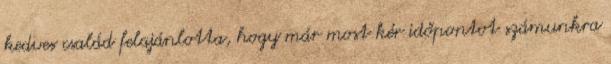
kedves család felajánlotta, hogy már most kér időpontot számunkra